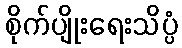
စိုက်ပျိုးရေးသိပ္ပံ